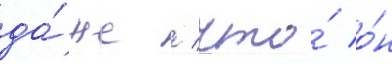
да́же / что́ о́н